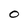
Character: 0